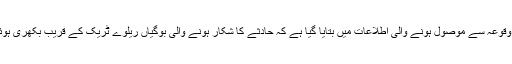
جائے وقوعہ سے موصول ہونے والی اطلاعات میں بتایا گیا ہے کہ حادثے کا شکار ہونے والی بوگیاں ریلوے ٹریک کے قریب بکھری ہوئی ہیں۔